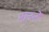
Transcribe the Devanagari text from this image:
माननें